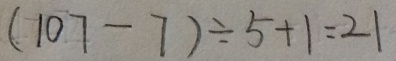
( 1 0 7 - 7 ) \div 5 + 1 = 2 1